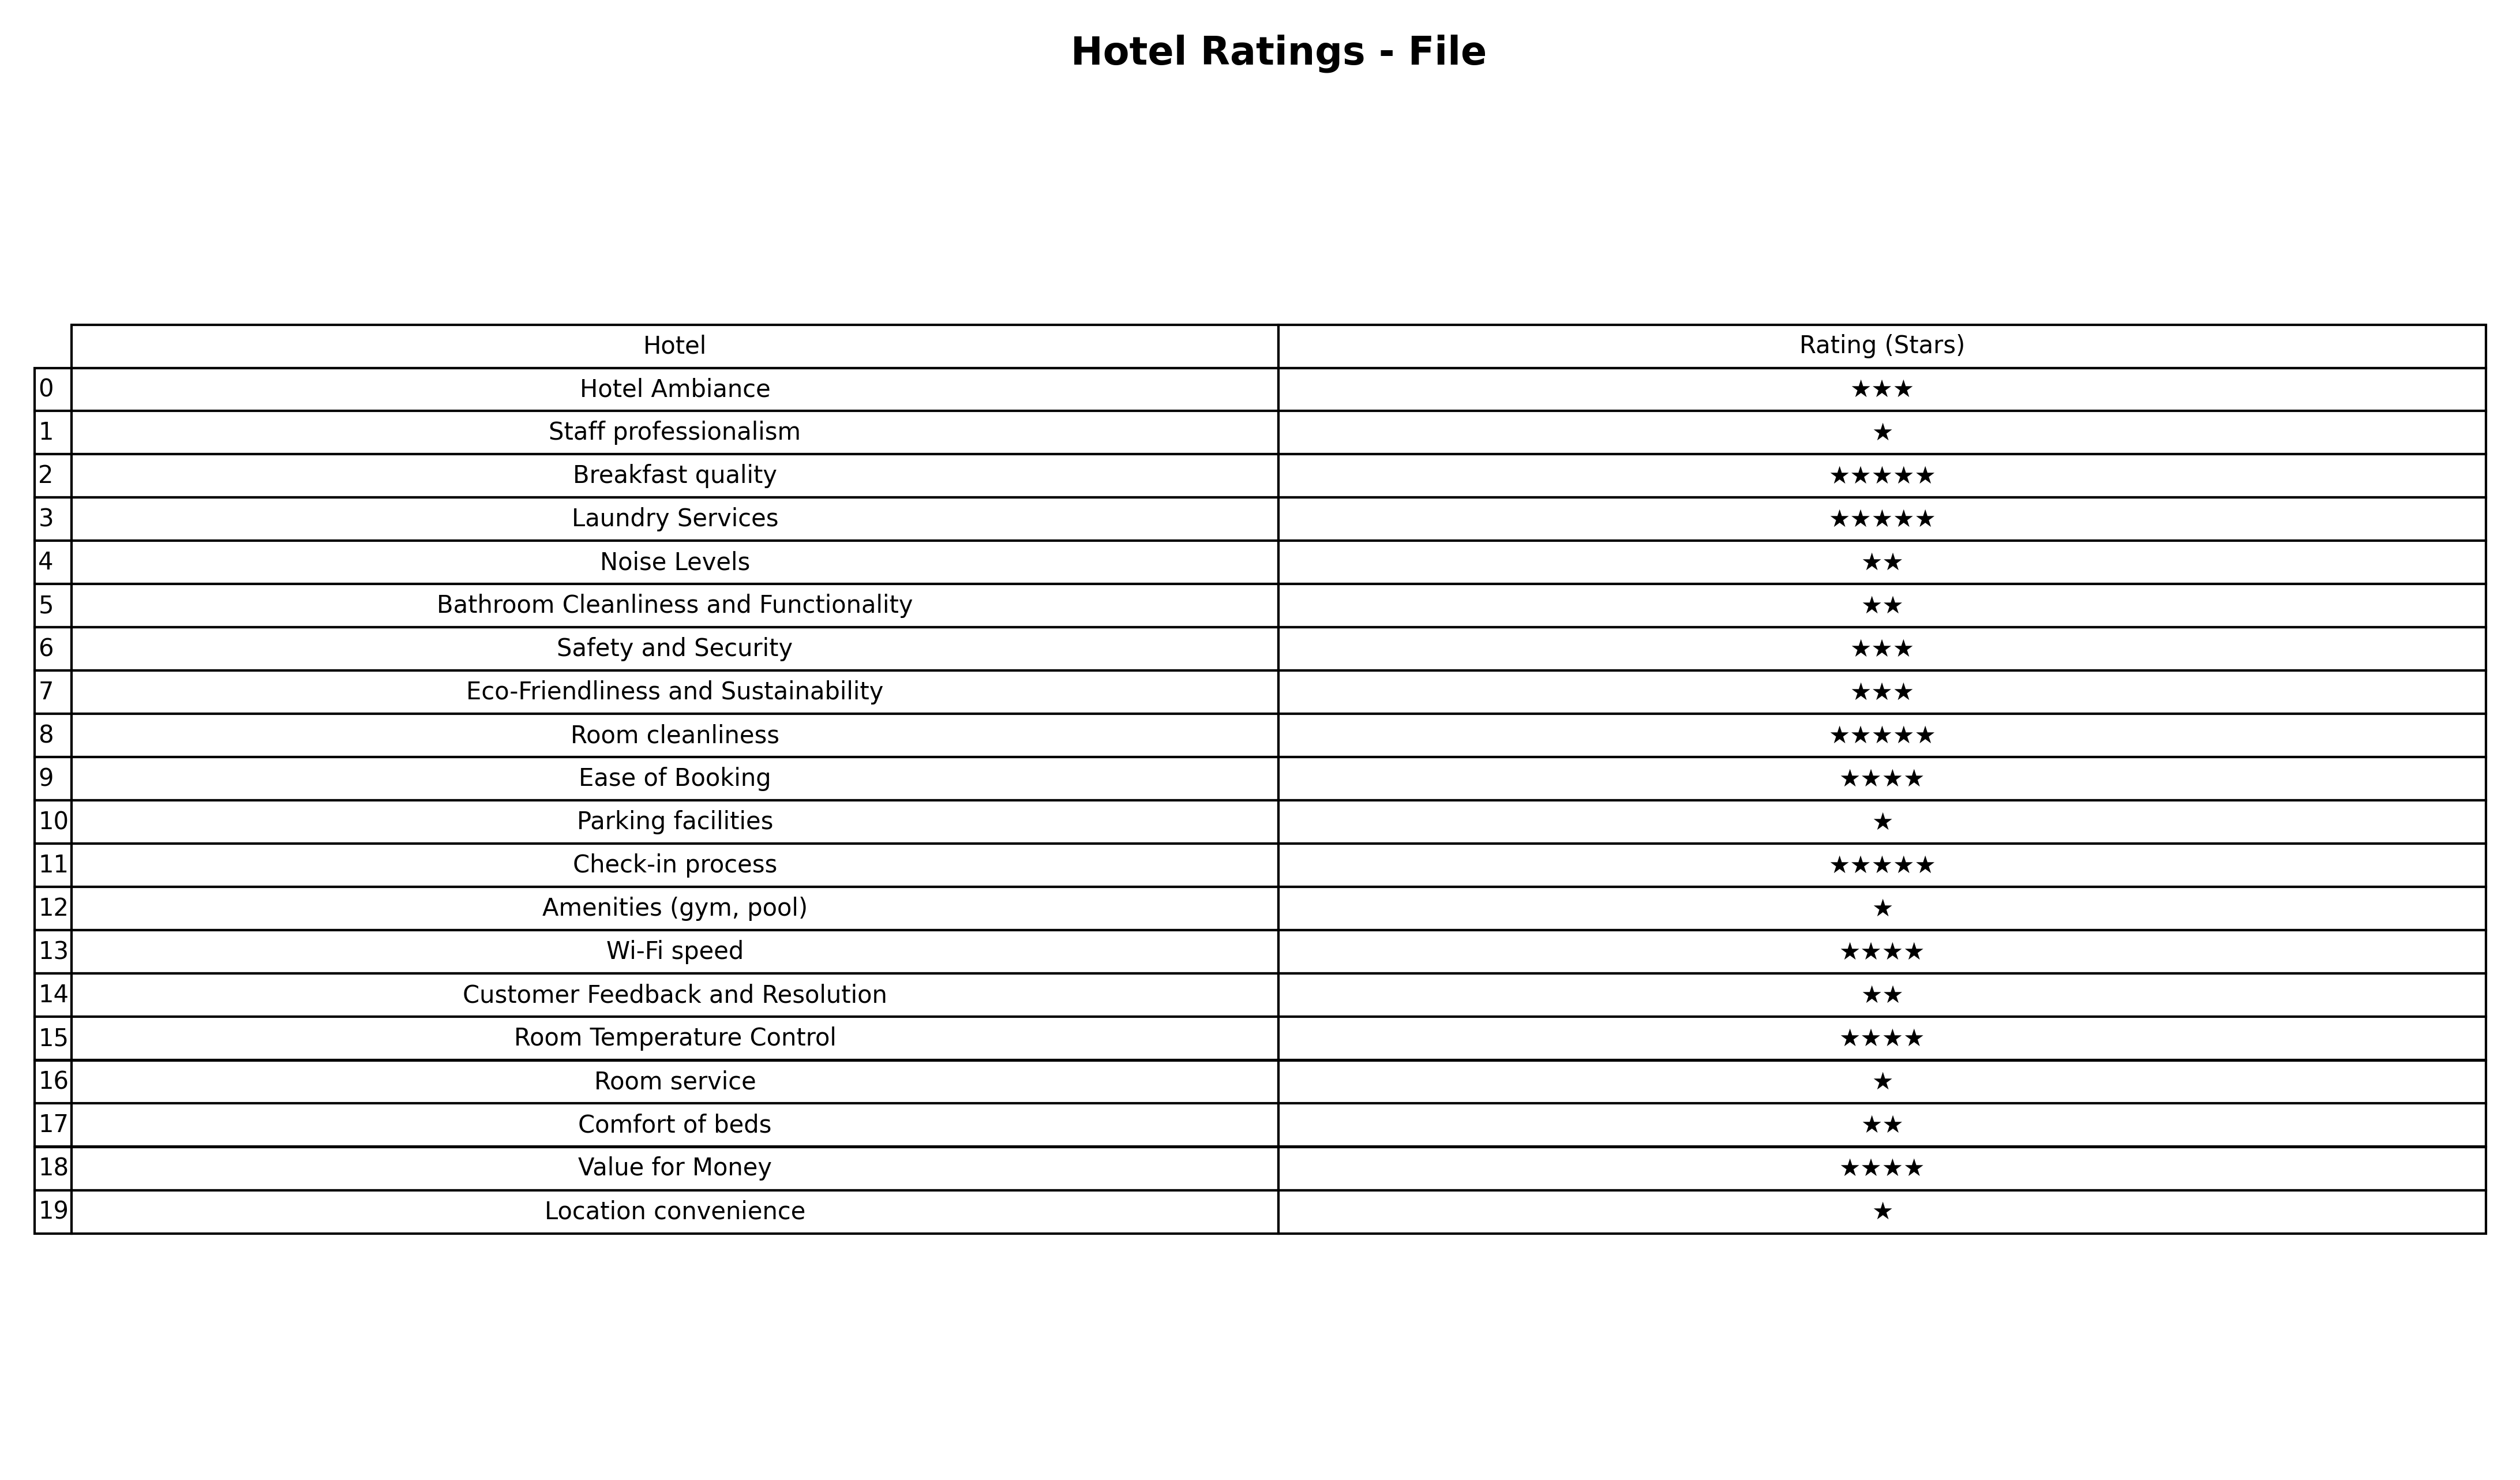
question: Which services are rated average?
answer: Hotel AmbianceSafety and SecurityEco-Friendliness and Sustainability